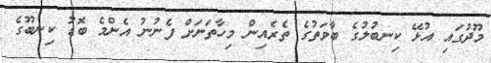
މޫދުގައި އުޅޭ ކިނބުލުގެ ބާވަތުގެ ތެރެއިން މިހާތަނަށް ފެނުނު އެންމެ ބޮޑު ކިނބޫގެ